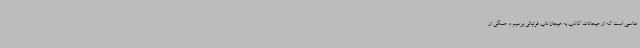
مناسبی است که از هیجانات کاذب به هیجان ناب فوتبالی برسیم و همگی از